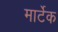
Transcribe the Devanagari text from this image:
मार्टेक